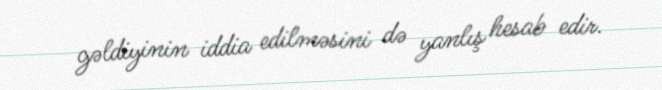
gəldiyinin iddia edilməsini də yanlış hesab edir.